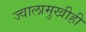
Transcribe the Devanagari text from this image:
ज्वालामुखीही